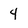
Character: 4